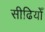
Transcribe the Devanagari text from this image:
सीढियोँ